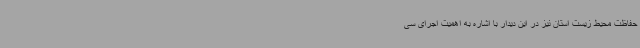
حفاظت محیط زیست استان نیز در این دیدار با اشاره به اهمیت اجرای سی